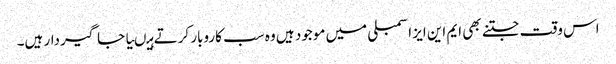
اس وقت جتنے بھی ایم این ایز اسمبلی میں موجود ہیں وہ سب کاروبار کرتے ہیںیا جاگیردار ہیں۔